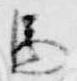
馬